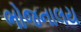
ભોજનાલય